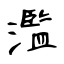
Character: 濫